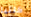
كاتيا